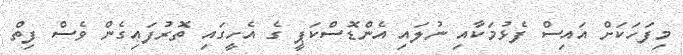
މިފަހަކަށް އައިސް ފެޅުމަކާއި ނުލައި އެންޑޮސްކަޕީ ގެ އެހީގައި ތޮރުފައިގެން ވެސް ފިތް